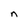
Character: n